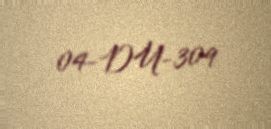
04-DU-309